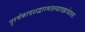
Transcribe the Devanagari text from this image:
पुरमेकादशद्वारमजस्यावक्रचेतसः